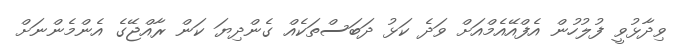
ވިދާޅުވީ ފުލުހުން އެފްއޭއެމްއަށް ވަދެ ކަޅު ދަބަސްތަކެއް ގެންދިޔަ ކަން ރާއްޖޭގެ އެންމެންނަށް